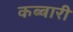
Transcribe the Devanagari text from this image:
कब्बारी